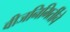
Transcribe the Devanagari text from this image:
वीजनिमिर्तीचे